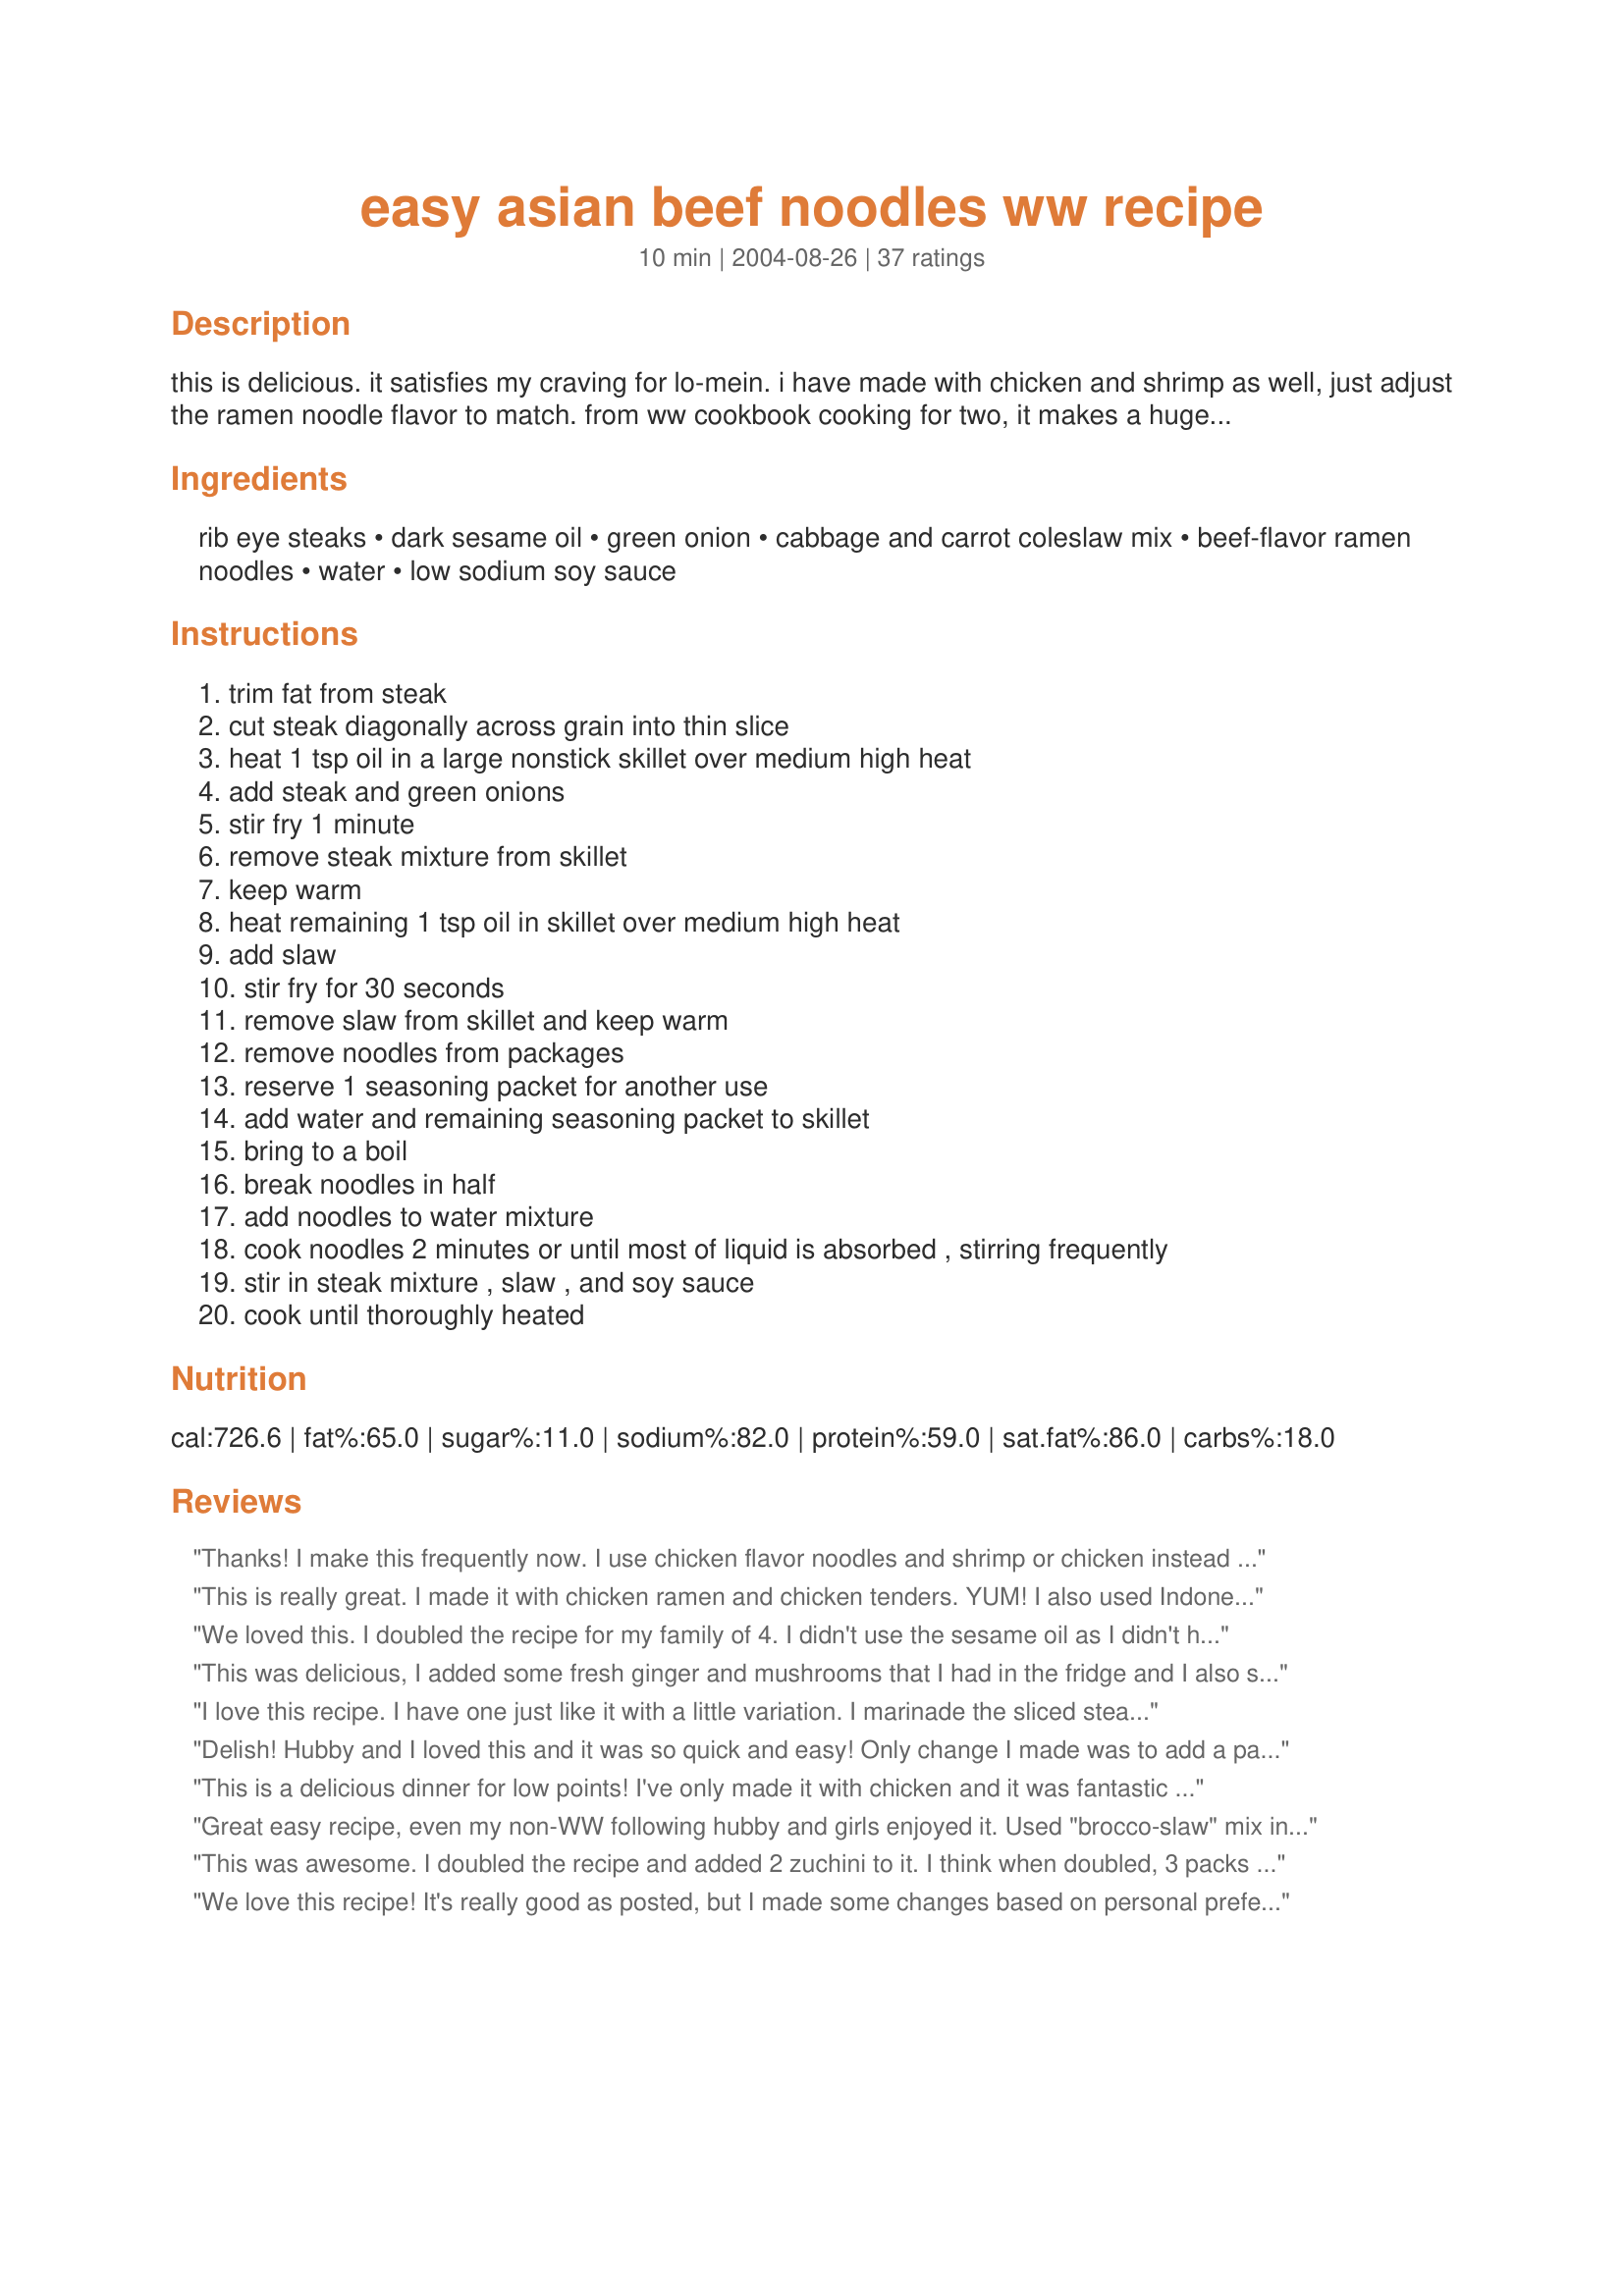
easy asian beef noodles ww recipe
Preparation time: 10 minutes

this is delicious. it satisfies my craving for lo-mein. i have made with chicken and shrimp as well, just adjust the ramen noodle flavor to match. from ww cookbook cooking for two, it makes a huge 10 points serving. i am satisfied with 1/2 a serving.

Ingredients:
rib eye steaks, dark sesame oil, green onion, cabbage and carrot coleslaw mix, beef-flavor ramen noodles, water, low sodium soy sauce

Steps:
trim fat from steak, cut steak diagonally across grain into thin slice, heat 1 tsp oil in a large nonstick skillet over medium high heat, add steak and green onions, stir fry 1 minute, remove steak mixture from skillet, keep warm, heat remaining 1 tsp oil in skillet over medium high heat, add slaw, stir fry for 30 seconds, remove slaw from skillet and keep warm, remove noodles from packages, reserve 1 seasoning packet for another use, add water and remaining seasoning packet to skillet, bring to a boil, break noodles in half, add noodles to water mixture, cook noodles 2 minutes or until most of liquid is absorbed , stirring frequently, stir in steak mixture , slaw , and soy sauce, cook until thoroughly heated

Reviews:
Thanks! I make this frequently now. I use chicken flavor noodles and shrimp or chicken instead of beef. I also add plenty of fresh veggies in addition to the recipe. I just stir-fry them and toss them in with the noodles!
This is really great. I made it with chicken ramen and chicken tenders. YUM! I also used Indonesian sweet soy sauce - a nice compliment to the sesame oil. Thanks for posting!
We loved this. I doubled the recipe for my family of 4. I didn't use the sesame oil as I didn't have any. I also didn't add the green onions but added some onion powder. I did use an extra packet of seasoning from the ramen noodles packet. I wasn't crazy about the beef so next time I would use chicken but that is just a personal preference.
This was delicious, I added some fresh ginger and mushrooms that I had in the fridge and I also substituted chicken breast for the steak. I also preferred adding some crushed red pepper for a little kick. Everyone loved it, I will definitely make this again. Thanks for posting!
I love this recipe. I have one just like it with a little variation. I marinade the sliced steak/or other meat in marinade: (2 Tbsp soy sauce+1 Tbsp. cornstarch+1 Tbsp.white vinegar+1 tsp.ground ginger+1 tsp. garlic powder)I marinade about 30 minutes. Great flavor-all else follows your recipe. Very simple weeknight dish-Try with broccoli and carrots also.
Delish! Hubby and I loved this and it was so quick and easy! Only change I made was to add a package of bean sprouts. The serving size was huge, we turned it into 3 servings instead of 2. I love how easy it would be to make different combinations. Thanks for posting!
This is a delicious dinner for low points! I've only made it with
 chicken and it was fantastic :)
thanks KelBel
Great easy recipe, even my non-WW following hubby and girls enjoyed it. Used "brocco-slaw" mix instead of the other coleslaw mix, and it turned out great.
This was awesome. I doubled the recipe and added 2 zuchini to it. I think when doubled, 3 packs of noodles would be plenty. Next time I would probably marinate the steak. I also think making this with chicken would be yummy.
We love this recipe! It's really good as posted, but I made some changes based on personal preferences. I increase the slaw to 3 cups. After cooking the slaw, I also stir fry 8 oz mushrooms and 1 zucchini. I split this recipe into 3 servings-7 points/each. I've also tried it with chicken. Yum! We've been eating a version of this recipe at least once a week. It doesn't taste like "diet" food.
It seemed really oily to me but it did the job...we were full!
I haven't tried this and can't review it,because I've felt the sodium content was way too high, so I was really glad to see the review that said 1 seasoning packet made it too salty. I had thought perhaps I could omit the seasoning packet and come up with a lower sodium version, but that would take away from the simplicity, so now I'm going to try it with 1 packet and then I'll review it. Thanks for the recipe!
This is an awesome recipe. What I love about it is being a college guy it is easy simple and taste great. Even my girlfriend asked for the recipe. Thank you very much !!!
Excellent proportions; I modified mine for laziness and lower fat. I stir fried some lean pork w a bit of bottled garlic. Next tossed in the slaw, a bit of red bell pepper, and ready-to-eat snap peas. After stirring a minute, I poured the water right in with the seasoning and soy sauce. Be careful w the season pack; even 1 pouch was a bit salty for us. Next went the noodles until done, then a few drops of sesame oil and the green onion. Came out great and I didn't bother w the in-and-out of the pan drill.Truly a ten-minute wonder--as easy to make as boxed mac-and-cheese. Thanx!
I have made this recipe for years. I slice the ribeye very thin and I let the slaw mix caramelize a little for more flavor. This is a great fast and easy dinner or lunch.
Made this last night for a quick and lowfat dinner. Used a leftover t-bone and a combination of garlic and chili oil since I was out of sesame oil. Added button mushrooms that I sliced in half. Husband, 1 year old and I all loved it. Husband asked me to make this again and I definitely will. I may try oriental flavored ramen next time.
I have made this for years. It is one of my most favorite recipes out of the WW cookbook "Two's Company". It makes alot for 2 people. So if you are really hungry this is your best bet to fill you up. The flavor is outstanding and it is so easy to prepare. For a one dish meal you can't beat the 10 points. KelBel if you hadn't posted this I was going too. Great recipe that must be tried even if you are not watching your weight.
very easy recipe. tasted great. added a few stir fry veggies that I had left over in the freezer. also<br/>used 1/2 corn oil and 1/2 sesame oil.thanks.
Let me start off by saying according to my points calculator this meal is actually 19 points as of 2015. I did not realize this until AFTER I ate it. Thank goodness I was still within my points. If I make this again I will probably use chicken or a leaner cut of beef. Other than that, this is a very tasty recipe. Easy to put together. I would have to think hard about using this recipe again while on WW because of the points.
I'm utterly shocked how much I like this. I really thought it would come out gross. Its great. So yummy, and as advertised - huge portion! This tastes like a better version of the asian "ramen" noodle bowls you can find in the supermarket. I WILL be making this again and again regardless of being on the WW diet!
I came across this recipe last week, and was excited to try it. I did make a change or two though. The first change was to use steamed Asian veggies instead of the coleslaw mix. The only coleslaw mix I could find was over 3.00 at the store, and didn't look that great. I also added a couple cloves of crushed garlic to the steak mixture. Really good, and it tasted great! Thanks for sharing.
This is a pretty tasty recipe, and FAST and EASY. I increased it to serve 5 and it turned out very well. Next time I might try adding fresh ginger or definitely some Mirin to enhance the flavor. This dish lends itself nicely to experimenting with different veggies. Wish I would have sliced the beef very, very thin - which I will do next time. Substituting mushrooms for the beef is a possibility. For the beginnner cook or the parent who needs to feed a family easily after a busy day, this is a wonderful option. Thanks for posting.
Had mixed reviews at our house. I made as directed, but used the broccoli slaw mix that I always use for my coleslaw. We loved the slaw and onion with the noodles. The sauce was very good, although a little on the bland side. However, the meat was chewy and tough with little flavor. I think adding a bean sauce would add a good flavor. I would also make the steaks on the grill, then cut them up and stir them in last. Otherwise it was a good filling dish for my first night counting points. Thanks! :)
We really enjoyed this.I added Hoisin sauce and only used one pky of noodles as I didn't want any left,maybe thats why it made it darker.It will be made again and again.
I am thrilled to have found this recipe! Once I made a similar recipe in a pinch that DS requests often. Unfortunately, it isn't something I can eat, except in a pinch. This recipe is something I could eat quite often. Amazingly simple & tasty. We loved it! I made it with chicken as that's what I had thawed & roast chicken flavored ramen noodles. We can't wait to try it with beef! Luckily, I bought extra cabbage & carrots today. This recipe fed 3 adults, a toddler & we still had some left over. The flavor was wonderful with the sesame oil (I admit I used a little extra), but after trying it that way I added a splash of chili oil to my plate as well. DS wants to try it with the chili flavored ramen seasoning next time we make it with chicken. I agree with Krittlin, it doesn't taste like diet food. Thanks for sharing, KelBel!
I gave this 5 stars for how simple it is, combined with the taste and low cost. I think there are lots of different combinations a person could make with this - not because I didn't like it as is, but I plan to make it frequently and want to change it up! Add mushrooms, red peppers, use chicken, shrimp, and beef.
Super quick supper! Easily thrown togehter and with the preshredded cabbage there was very little prep. I really enjoyed the flavor. I served the soy at the table, but mainly because DH need to watch his salt and I am out of the low-sodium soy sauce. I will make this again!
Yummy, easy and delicious!! I halved the recipe since it was just for me. Used 1 pkg of chicken ramen, 1/2 seasoning pkt, and leftover roasted chicken that I shredded and heated with the coleslaw mix. Used cooking spray (instead of oil) and a sprinkle of onion flakes, garlic powder & pepper for my taste. Thank you for a great idea & a very quick meal! Will make it again!
Nice and easy. 4 stars because it did not have alot of flavor. I kept tasting and adding seasonings, onion and garlic powder, also some red pepper flakes. All helped the flavor quite abit. Will definitely make again and add more seasonings and some vegies.
Love this recipe
This made a great lunch! I used shrimp and chicken-flavored ramen noodles. I used shredded broccoli and carrots instead of the slaw mix. For me, this recipe will go twice as far - half the recipe will make two lunches for me - so the WW points are also cut in half. Yay! Thanks for sharing.
I just wanted to mention that I put the nutrition facts into my points calculator and came up with 18 points per serving. Beware that each pagckage of ramen noodles is actually TWO servings, and thus 16 points. Things must have been calculated differently when this recipe was first published. Sorry to be the bearer of bad news. :(
Easy is a good start for the title of this recipe because easy it is! But this recipe is not just easy; it is REALLY delicious as well. I doubled the recipe and between 4 adults and 2 little 2-1/2 year old twin girls we gobbled it up! I also left out the green onion and used onion powder instead. This really is the perfect weeknight meal as I went from having frozen steaks to dinner on the table in 25 minutes. Thanks KelBel posting this great recipe.
I really like this! It's great to find a low-cal meal that's kid-friendly! Thanks!
This was another winner in my book! I bought already sliced steak for stir frying. I could not find sesame oil, so used olive oil, but added some sesame seeds to get that flavor in. I also increased the meat and slaw by 50% and served it to four of us! Great recipe and I love the fact it is low cal!
The directions are very easy to follow. Dinner was done in no time. I used a shoulder steak and sliced it while it was partially frozen. Instead of the packaged cabbage and carrot coleslaw, I used regular cabbage and shredded it in the food processor as well as a carrot. I reduced the amount of oil to 2 teaspoons and added 1 teaspoon of Hoisin Sauce with the soy sauce. Thanks for posting!
We LOVE this recipe! I have the WW magazine and have been making this for years. We use half a bag of cole slaw mix and save the other half to have it again in a few days. You can also make this with CHICKEN and chicken flavored ramen noodles. 5 stars either way!
